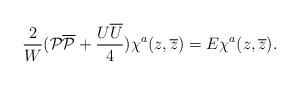
LaTeX: \begin{align*}\frac{2}{W}({\cal P}{\overline{\cal P}}+\frac{U\overline{U}}{4})\chi^a(z, \overline{z})=E\chi^a(z, \overline{z}).\end{align*}